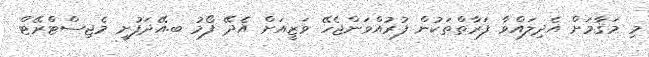
މި މަޤާމަށް އެދިލައްވާ ފަރާތްތަކުން ފުރުއްވަންޖެހޭ ވަޒީއަށް އެދޭ ފޯމު ބ.އޭދަފުށީ މެޖިސްޓްރޭޓް